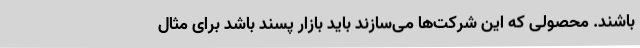
باشند. محصولی که این شرکت‌ها می‌سازند باید بازار پسند باشد برای مثال